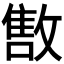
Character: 𱡠